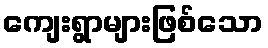
ကျေးရွာများဖြစ်သော